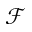
\mathcal { F }